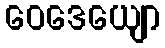
ဝေဒေယျော